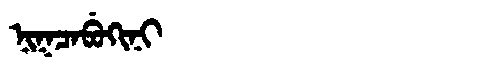
Manchu: ᠨᡳᡴᠴᠠᠪᡠᡴᡳᠨᡳ
Romanization: NIKCABUKINI